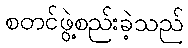
စတင်ဖွဲ့စည်းခဲ့သည်